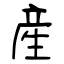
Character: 産